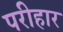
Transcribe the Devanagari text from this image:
परीहार